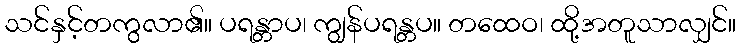
သင်နှင့်တကွလာ၏။ ပရန္တာပ၊ ကျွန်ပရန္တပ။ တထေဝ၊ ထို့အတူသာလျှင်။